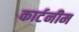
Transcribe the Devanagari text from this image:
कार्टनीम